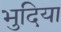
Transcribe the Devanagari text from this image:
भुदिया